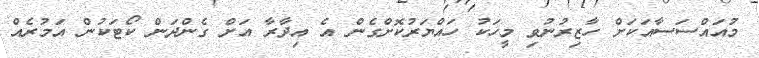
މުއައްސަސާއަކަށް ހާޒިރުނުވި މީހަކު ހައްޔަރުކޮށްގެން އެ އިދާރާ އަށް ގެންދަން ކޯޓަކުން އަމުރެއް